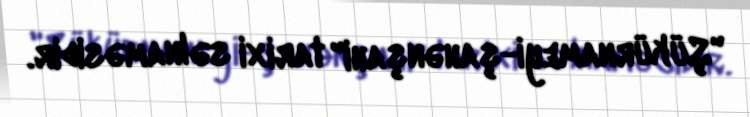
"Şükürnameyi-şahənşahi" tarixi səlnaməsidir.